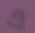
এ